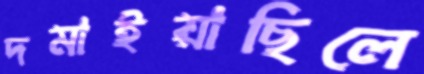
দমাইয়াছিলে